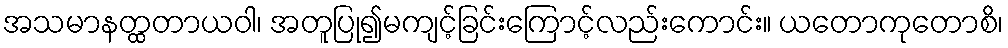
အသမာနတ္ထတာယဝါ၊ အတူပြု၍မကျင့်ခြင်းကြောင့်လည်းကောင်း။ ယတောကုတောစိ၊